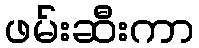
ဖမ်းဆီးကာ